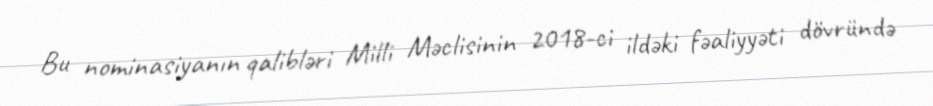
Bu nominasiyanın qalibləri Milli Məclisinin 2018-ci ildəki fəaliyyəti dövründə